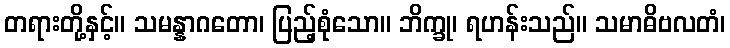
တရားတို့နှင့်။ သမန္နာဂတော၊ ပြည့်စုံသော။ ဘိက္ခု၊ ရဟန်းသည်။ သမာဓိဗလတံ၊